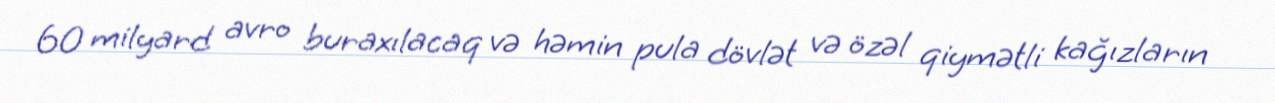
60 milyard avro buraxılacaq və həmin pula dövlət və özəl qiymətli kağızların